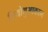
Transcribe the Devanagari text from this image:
तियोथुआकान